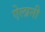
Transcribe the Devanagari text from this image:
ऐलानी